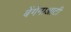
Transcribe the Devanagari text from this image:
बेंगेनाआटी